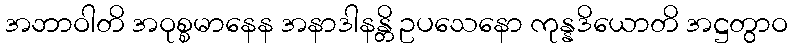
အဘာဝါတိ အဝုစ္စမာနေန အနာဒါနန္တိ ဥပသေနော ကုန္နဒိယောတိ အဋ္ဌတွာဝ